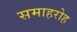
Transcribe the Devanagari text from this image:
समाहरोह